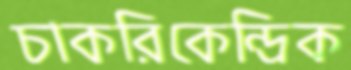
চাকরিকেন্দ্রিক